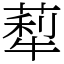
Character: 䔣